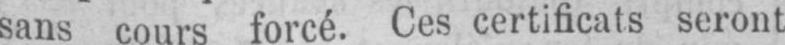
sans cours forcé. Ces certificats seront